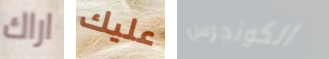
اراك عليك الكونجرس